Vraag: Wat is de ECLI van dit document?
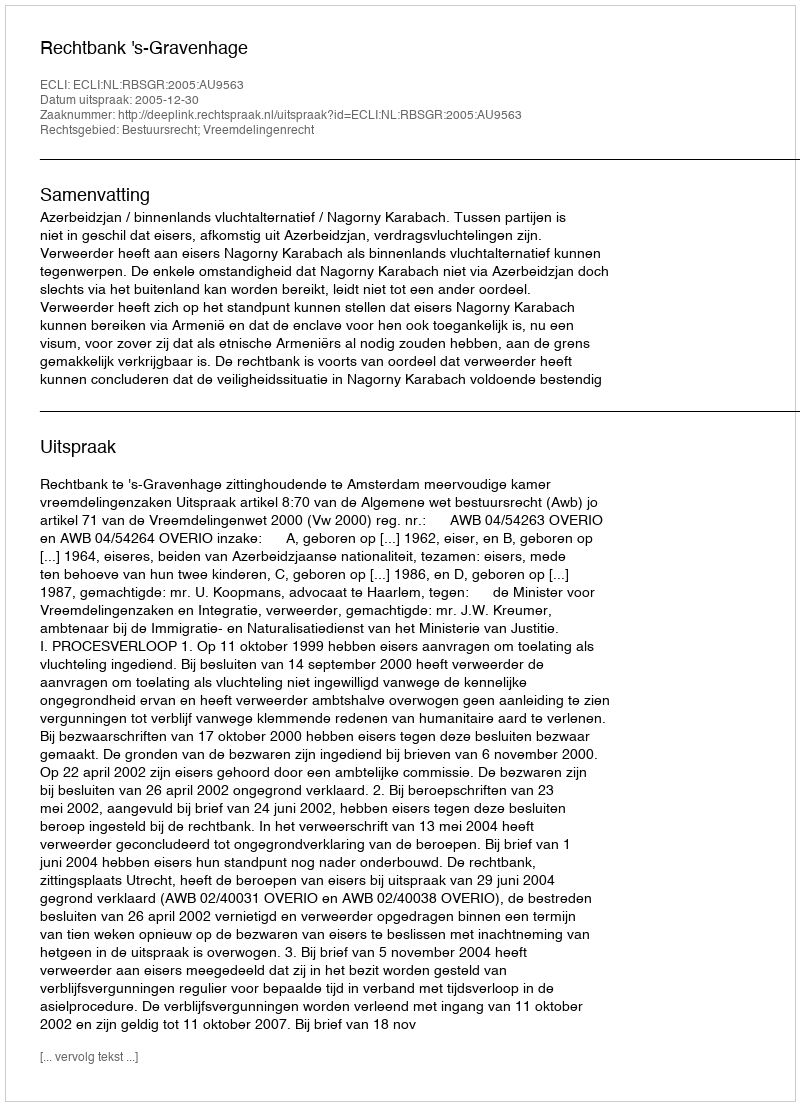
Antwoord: ECLI:NL:RBSGR:2005:AU9563